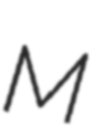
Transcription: M